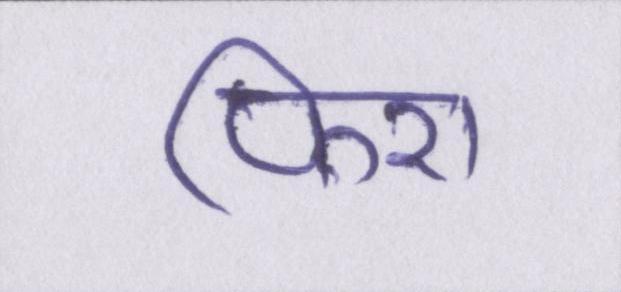
फिरा